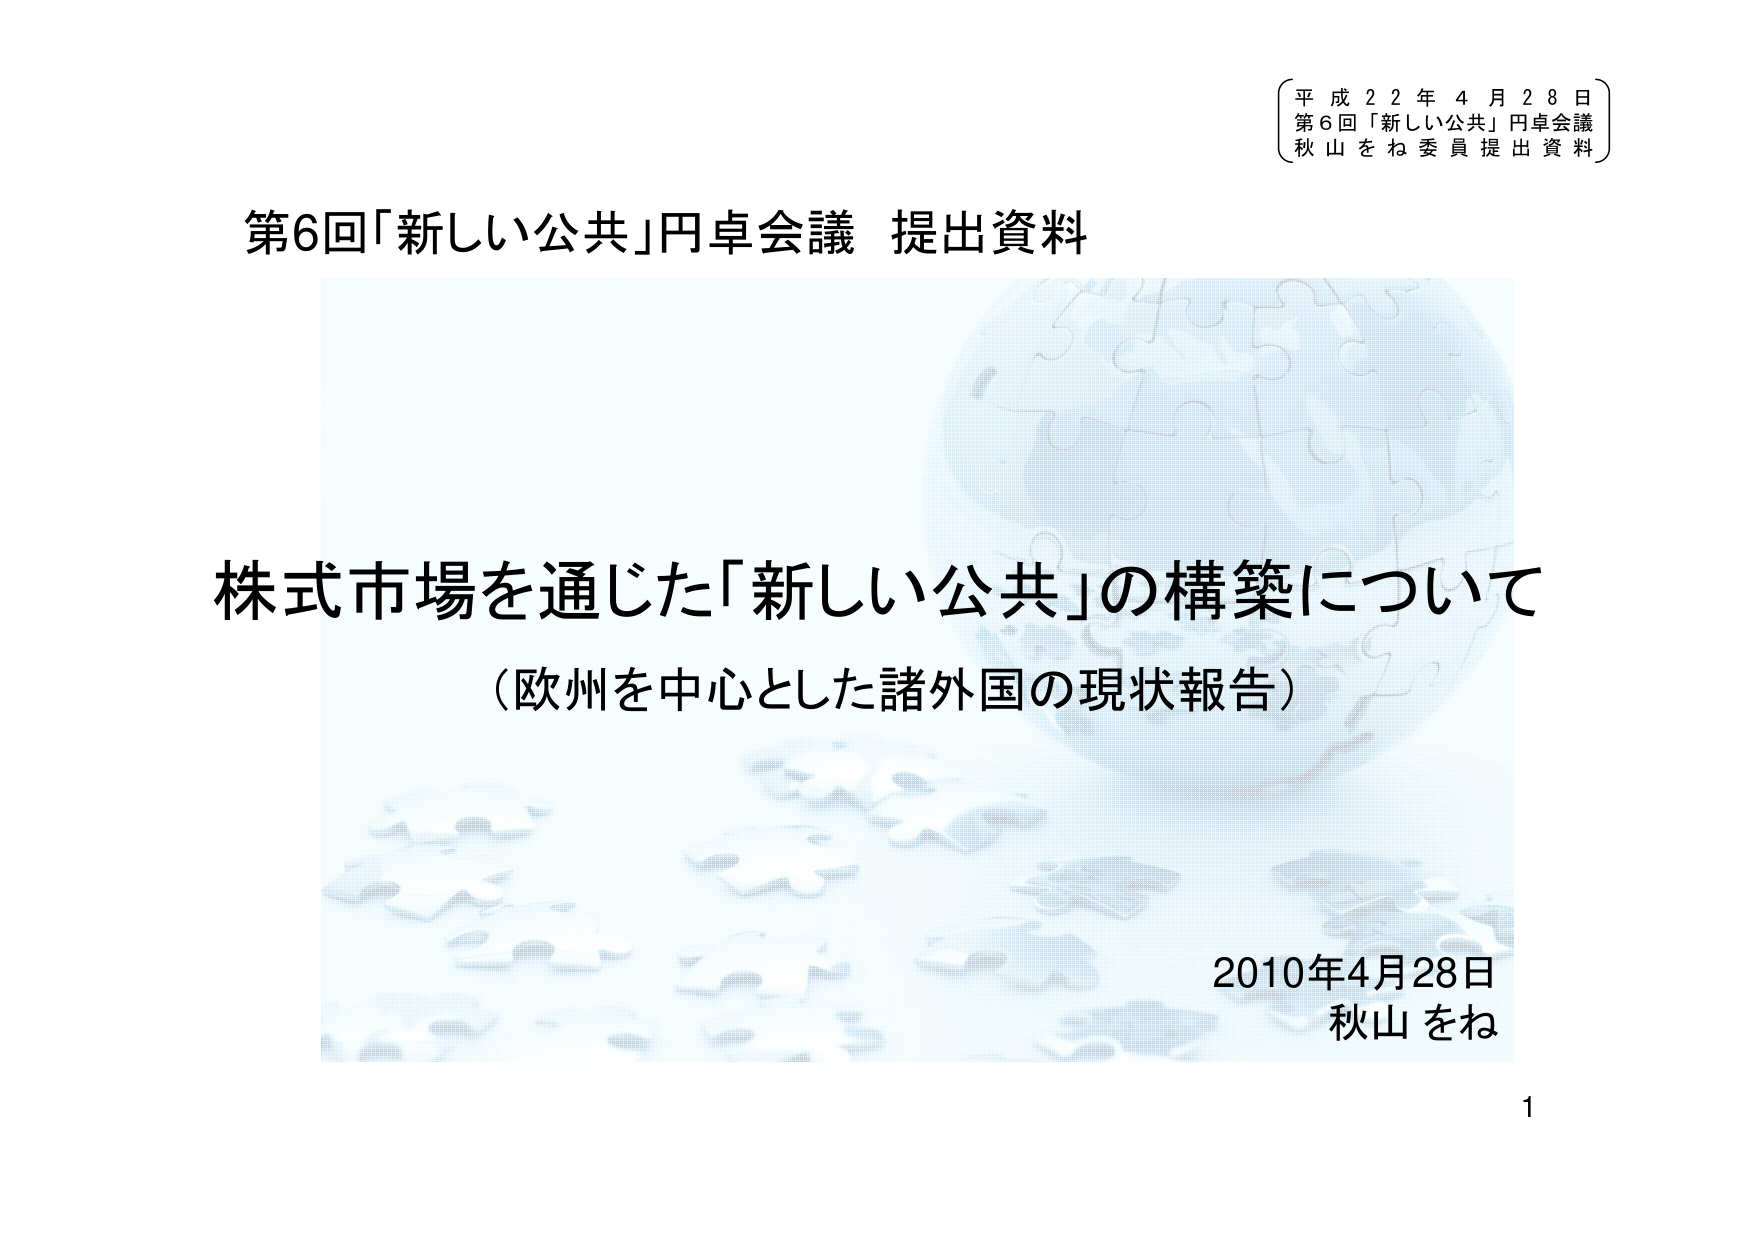
平成22年4月28日
第6回「新しい公共」円卓会議
秋山をね委員提出資料

第6回「新しい公共」円卓会議 提出資料

株式市場を通じた「新しい公共」の構築について
（欧州を中心とした諸外国の現状報告）

2010年4月28日
秋山をね

1